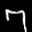
Label: 7